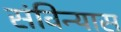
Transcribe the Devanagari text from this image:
संविन्यास